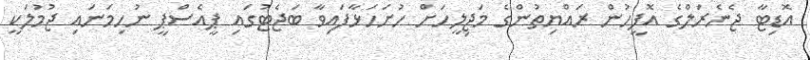
އޮޑިޓާ ޖެނެރަލްގެ އޮފީހުން ރައްޔިތުންގެ މަޖިލީހަށް ހުށަހަޅާފައިވާ ބަޖެޓުގައި ޕީއެސްޕީ ނުހިމަނައި ޖުމުލަަކީ